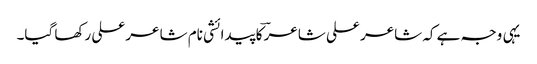
یہی وجہ ہے کہ شاعر علی شاعرؔ کا پیدائشی نام شاعر علی رکھا گیا۔